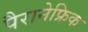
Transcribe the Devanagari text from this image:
पैरानेफ्रिक